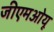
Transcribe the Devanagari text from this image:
जीएमओयू